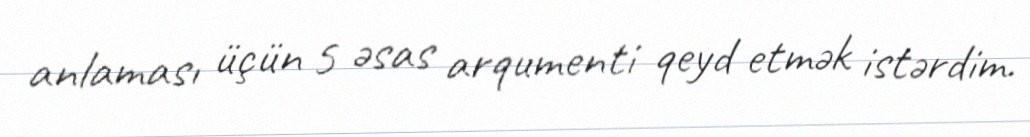
anlaması üçün 5 əsas arqumenti qeyd etmək istərdim.